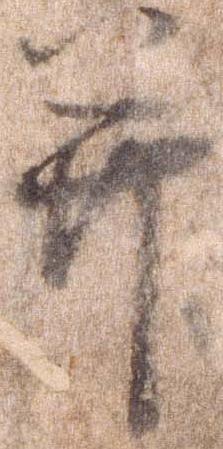
并